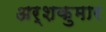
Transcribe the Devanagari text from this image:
अर्शकुमार